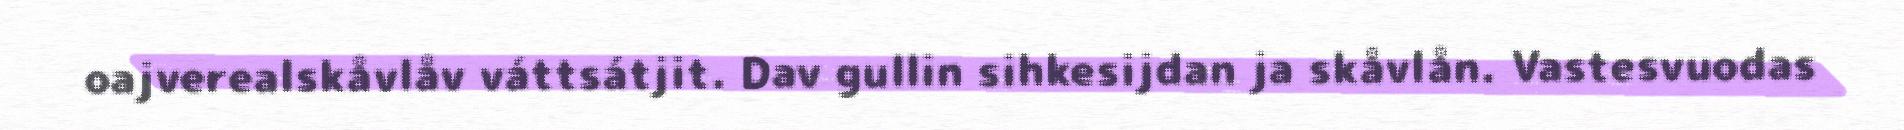
oajverealskåvlåv váttsátjit. Dav gullin sihkesijdan ja skåvlån. Vastesvuodas